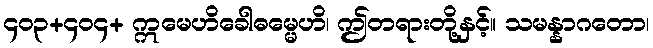
၄၀၃+၄၀၄+ ဣမေဟိခေါဓမ္မေဟိ၊ ဤတရားတို့နှင့်။ သမန္နာဂတော၊